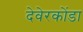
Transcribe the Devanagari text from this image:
देवेरकोंडा